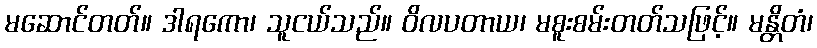
မဆောင်တတ်။ ဒါရကော၊ သူငယ်သည်။ ဝိလပတာယ၊ မစူးစမ်းတတ်သဖြင့်။ မန္တိတံ၊